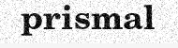
prismal